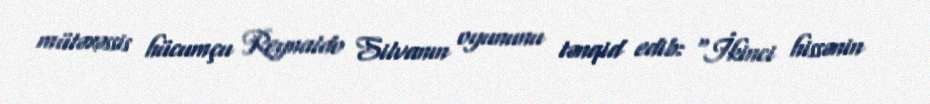
mütəxəssis hücumçu Reynaldo Silvanın oyununu tənqid edib: "İkinci hissənin